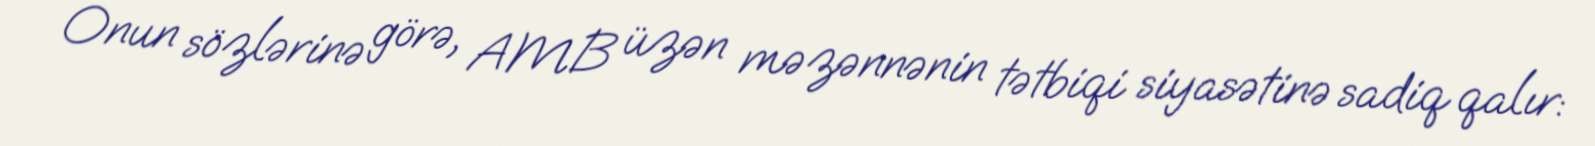
Onun sözlərinə görə, AMB üzən məzənnənin tətbiqi siyasətinə sadiq qalır: